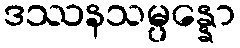
ဒဿနသမ္ပန္နော